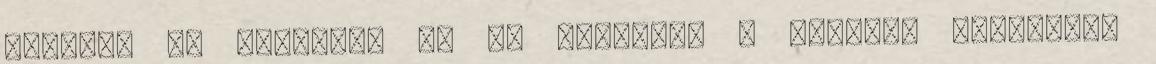
között, de hirtelen el is startolt a mezőny. Bevallom,